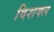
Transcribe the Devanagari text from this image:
विशक्ल